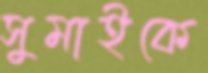
সুমাইকে